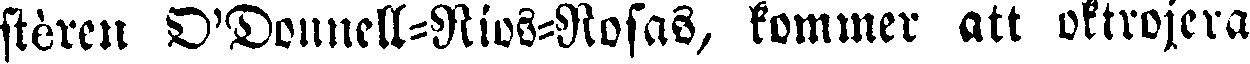
stèren D'Donnell-Nios-Nosas, kommer att oktrojera